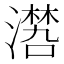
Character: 𣿏